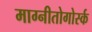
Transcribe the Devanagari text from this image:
माग्नीतोगोर्स्क